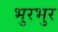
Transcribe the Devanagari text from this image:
भुरभुर